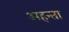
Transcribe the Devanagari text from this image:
अहन्ता